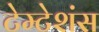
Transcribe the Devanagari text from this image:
टेम्टेशंस